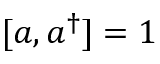
[ a , a ^ { \dagger } ] = 1